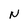
Character: N